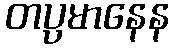
တပ္ပမာနေန